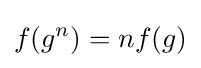
f(g^{n})=nf(g)